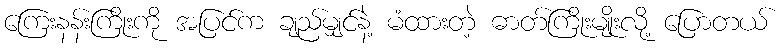
ကြေးနန်းကြိုးကို အပြင်က ချည်မျှင်နဲ့ မံထားတဲ့ ဓာတ်ကြိုးမျိုးလို့ ပြောတယ်